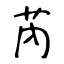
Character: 芮